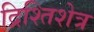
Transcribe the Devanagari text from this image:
द्रिश्तिशेत्र